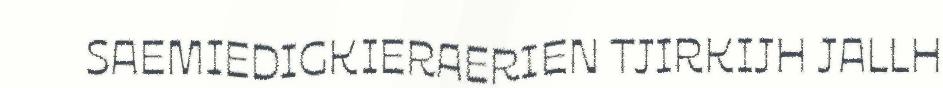
SAEMIEDIGKIERAERIEN TJIRKIJH JALLH